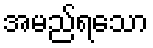
အမည်ရသော